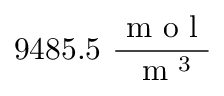
9 4 8 5 . 5 \ \frac { \mathrm { ~ m ~ o ~ l ~ } } { \mathrm { ~ m ~ } ^ { 3 } }